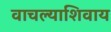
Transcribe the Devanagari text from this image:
वाचल्याशिवाय